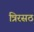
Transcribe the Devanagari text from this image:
त्रिरसठ